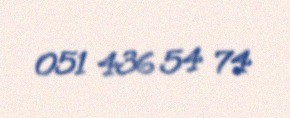
051 436 54 74